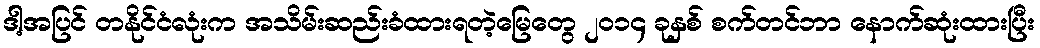
ဒါ့အပြင် တနိုင်ငံလုံးက အသိမ်းဆည်းခံထားရတဲ့မြေတွေ ၂၀၁၄ ခုနှစ် စက်တင်ဘာ နောက်ဆုံးထားပြီး